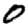
Digit: 0